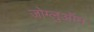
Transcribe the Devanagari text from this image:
जोग्लुऑन